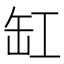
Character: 缸